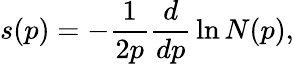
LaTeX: s(p)=-{\frac{1}{2p}}{\frac{d}{dp}}\ln N(p),